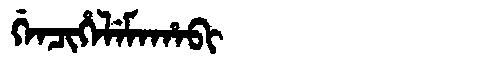
Manchu: ᡤᡝᠨᠴᡳᡥᡝᠯᡝᠮᠠᡥᠠᠪᡳ
Romanization: GENCIHELEMAHABI